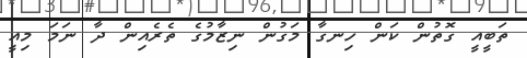
ތަބީއީ ގޮތުން ކަން ހިނގާ މަގުން ނިޒާމުގެ ތެރެއިން ދާ ނަމަ މިއީ